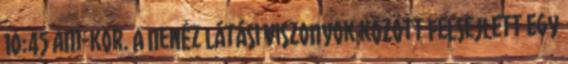
10:45 am-kor. A nehéz látási viszonyok között felsejlett egy